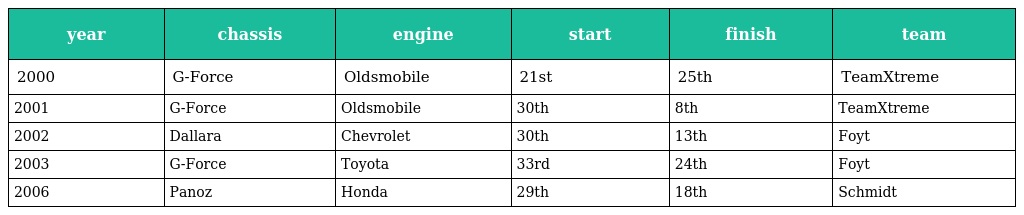
| year | chassis | engine | start | finish | team |
 | --- | --- | --- | --- | --- | --- |
 | 2000 | G-Force | Oldsmobile | 21st | 25th | TeamXtreme |
 | 2001 | G-Force | Oldsmobile | 30th | 8th | TeamXtreme |
 | 2002 | Dallara | Chevrolet | 30th | 13th | Foyt |
 | 2003 | G-Force | Toyota | 33rd | 24th | Foyt |
 | 2006 | Panoz | Honda | 29th | 18th | Schmidt |